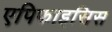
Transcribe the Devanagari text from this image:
एपिफाइसिस